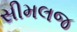
સીમલજ